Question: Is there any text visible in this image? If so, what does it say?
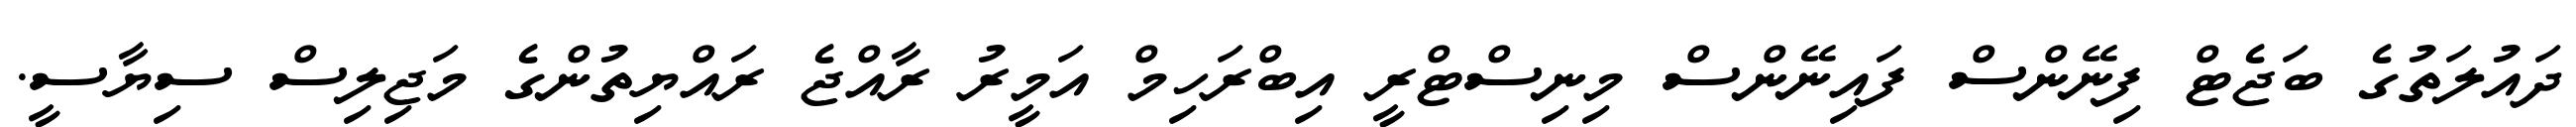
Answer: ދައުލަތުގެ ބަޖެޓް ފިނޭންސް ފައިނޭންސް މިނިސްޓްރީ އިބްރަހިމް އަމީރު ރާއްޖެ ރައްޔިތުންގެ މަޖިލިސް ސިޔާސީ.